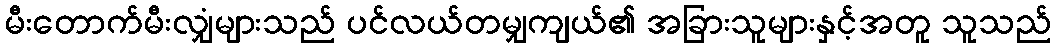
မီးတောက်မီးလျှံများသည် ပင်လယ်တမျှကျယ်၏ အခြားသူများနှင့်အတူ သူသည်